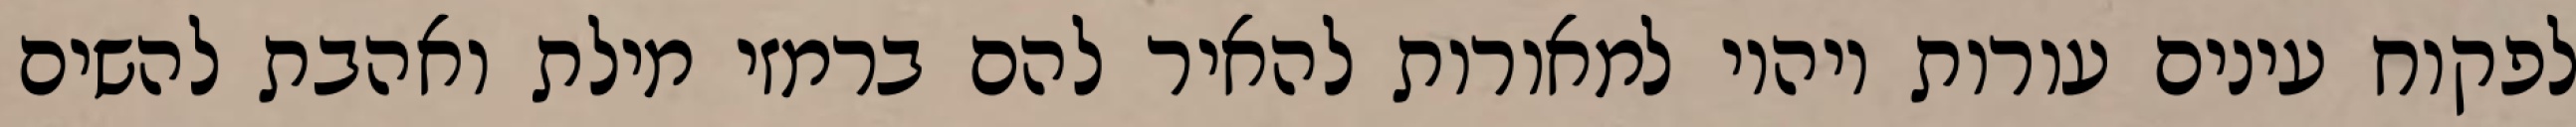
לפקוח עינים עורות ויהיו למאורות להאיר להם ברמזי מילת ואהבת להשים